Lunatic asylums Madras 1877-1891 - 1877-1891
Year: 1877
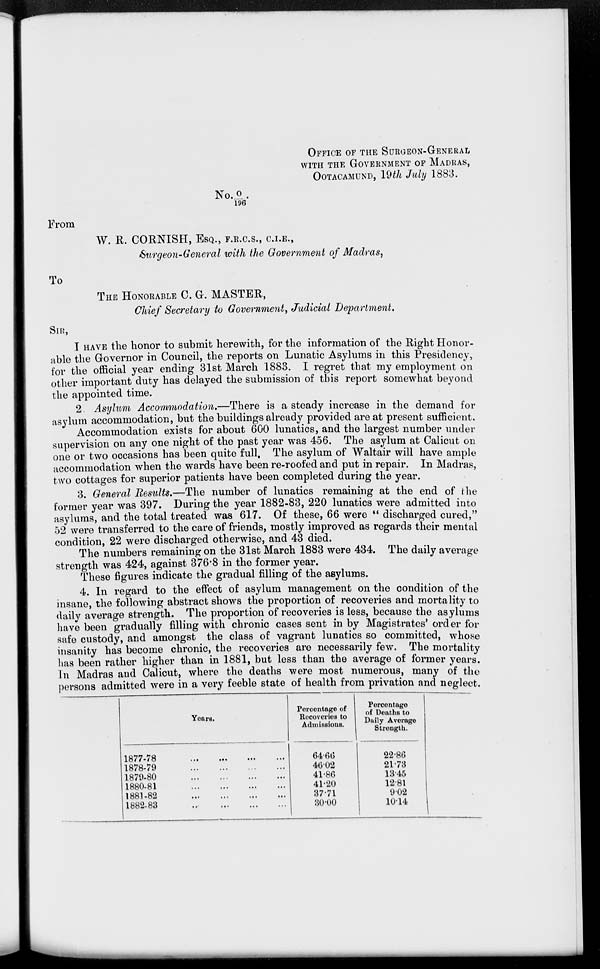
OFFICE OF THE SURGEON-GENERAL
WITH THE GOVERNMENT OF MADRAS,
OOTACAMUND, 19th July 1883.
No. O/196.
From
W. R. CORNISH, ESQ., F.R.C.S., C.I.E.,
Surgeon-General with the Government of Madras,
To
THE HONORABLE C. G. MASTER,
Chief Secretary to Government, Judicial Department.
SIR,
I HAVE the honor to submit herewith, for the information of the Right Honor-
able the Governor in Council, the reports on Lunatic Asylums in this Presidency,
for the official year ending 31st March 1883. I regret that my employment on
other important duty has delayed the submission of this report somewhat beyond
the appointed time.
2. Asylum Accommodation.—There is a steady increase in the demand for
asylum accommodation, but the buildings already provided are at present sufficient.
Accommodation exists for about 600 lunatics, and the largest number under
supervision on any one night of the past year was 456. The asylum at Calicut on
one or two occasions has been quite full. The asylum of Waltair will have ample
accommodation when the wards have been re-roofed and put in repair. In Madras,
two cottages for superior patients have been completed during the year.
3. General Results.—The number of lunatics remaining at the end of the
former year was 397. During the year 1882-83, 220 lunatics were admitted into
asylums, and the total treated was 617. Of these, 66 were "discharged cured,"
52 were transferred to the care of friends, mostly improved as regards their mental
condition, 22 were discharged otherwise, and 43 died.
The numbers remaining on the 31st March 1883 were 434. The daily average
strength was 424, against 376.8 in the former year.
These figures indicate the gradual filling of the asylums.
4. In regard to the effect of asylum management on the condition of the
insane, the following abstract shows the proportion of recoveries and mortality to
daily average strength. The proportion of recoveries is less, because the asylums
have been gradually filling with chronic cases sent in by Magistrates' order for
safe custody, and amongst the class of vagrant lunatics so committed, whose
insanity has become chronic, the recoveries are necessarily few. The mortality
has been rather higher than in 1881, but less than the average of former years.
In Madras and Calicut, where the deaths were most numerous, many of the
persons admitted were in a very feeble state of health from privation and neglect.
Years.
1877-78 ... ... ... ...
1878-79 ... ... ... ...
1879-80 ... ... ... ...
1880-81 ... ... ... ...
1881-82 ... ... ... ...
1882-83 ... ... ... ...
Percentage of
Recoveries to
Admissions.
64.66
46.02
41.86
41.20
37.71
30.00
Percentage
of Deaths to
Daily Average
Strength.
22.86
21.73
13.45
12.81
9.02
10.14